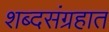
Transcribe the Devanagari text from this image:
शब्दसंग्रहात